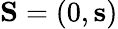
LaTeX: \mathbf{S}=(0,\mathbf{s})